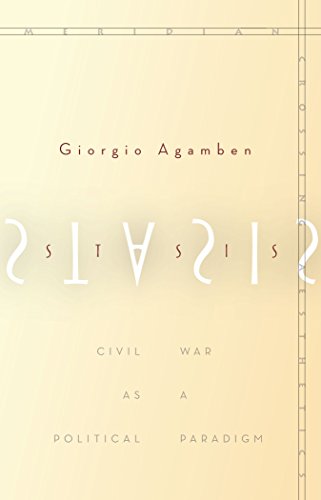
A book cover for Stasis: Civil War as a Political Paradigm (Meridian: Crossing Aesthetics); Giorgio Agamben; Politics & Social Sciences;